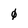
Character: 0